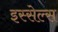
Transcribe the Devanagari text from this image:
इस्सेल्स